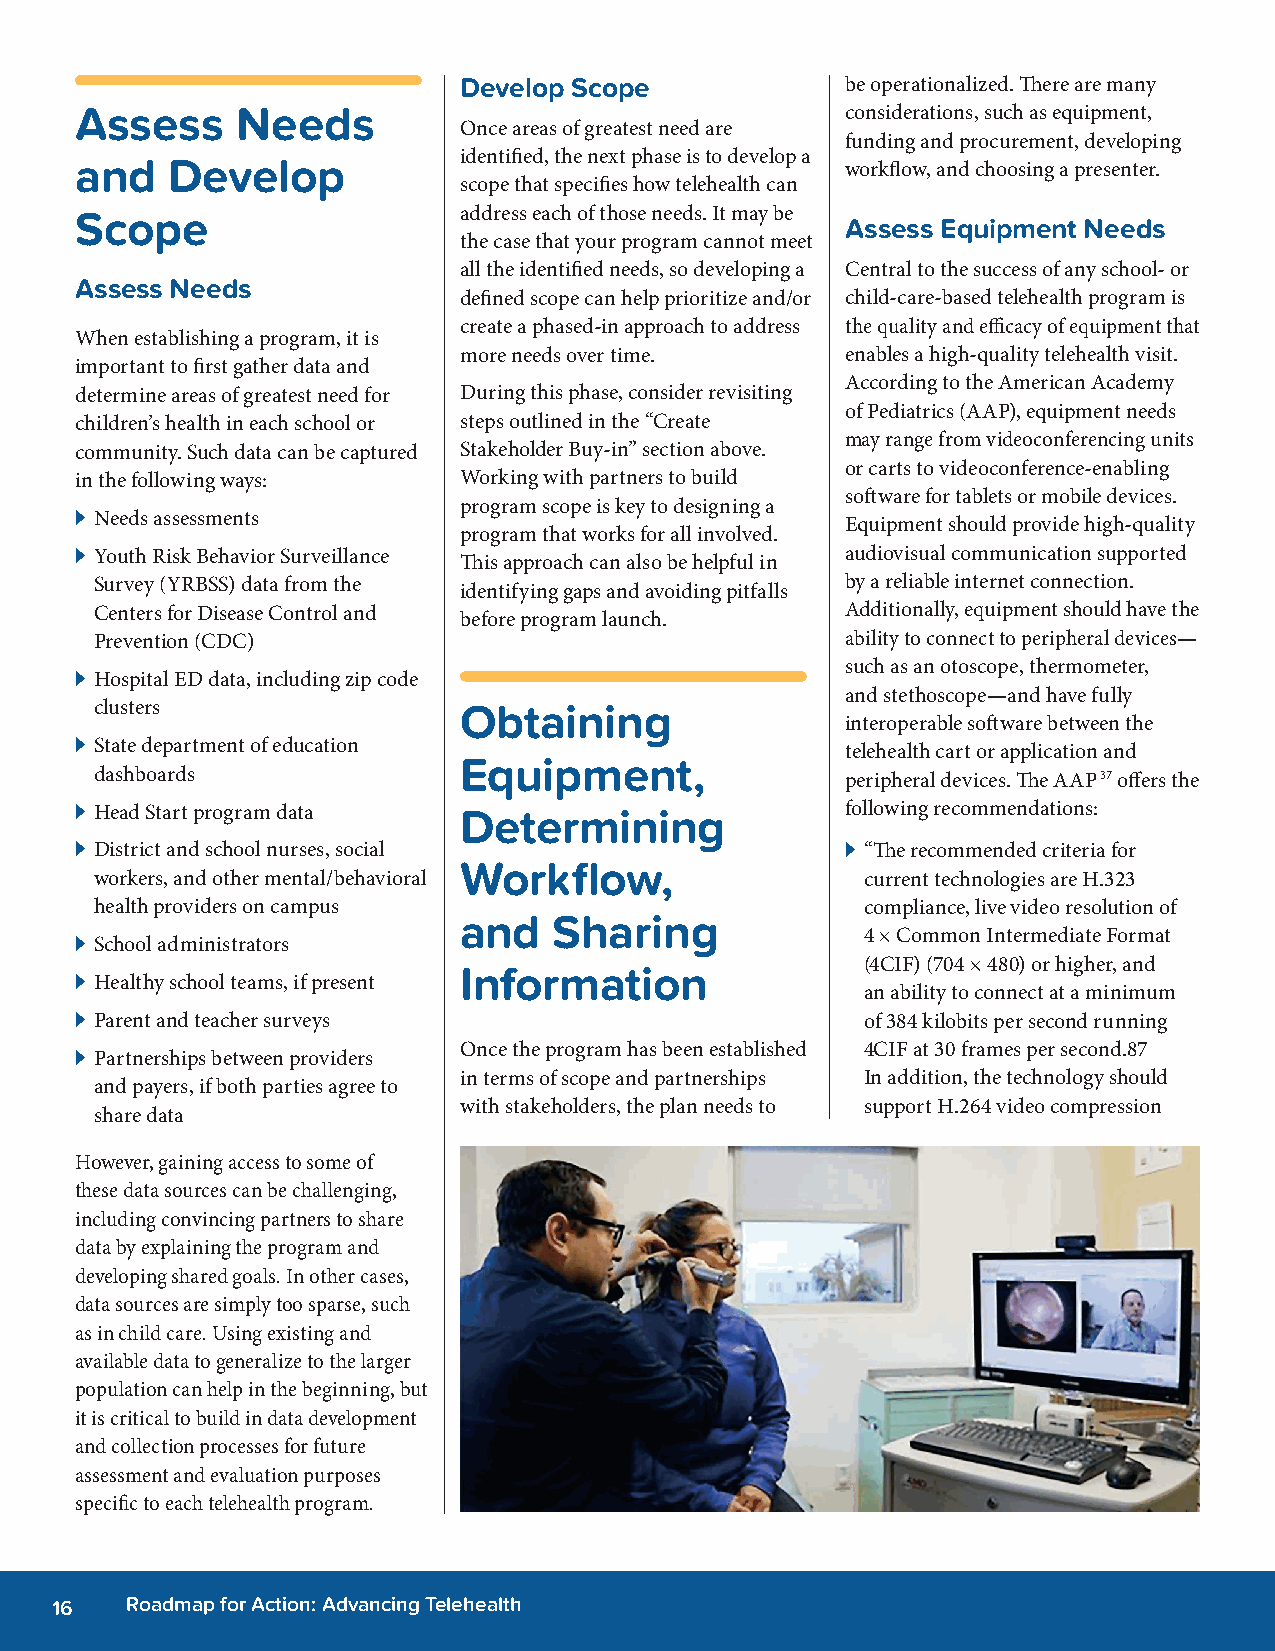
Develop Scope             be operationalized. There are many
 Assess     Needs                                   considerations, such as equipment,
 Once areas of greatest need are
 funding and procurement, developing
 identified, the next phase is to develop a
 and   Develop                                      workflow, and choosing a presenter.
 scope that specifies how telehealth can
 Scope                    address each of those needs. It may be
 Assess Equipment Needs
 the case that your program cannot meet
 all the identified needs, so developing a Central to the success of any school- or
 Assess Needs
 defined scope can help prioritize and/or child-care-based telehealth program is
 create a phased-in approach to address the quality and efficacy of equipment that
 When establishing a program, it is
 more needs over time.     enables a high-quality telehealth visit.
 important to first gather data and
 According to the American Academy
 determine areas of greatest need for During this phase, consider revisiting
 of Pediatrics (AAP), equipment needs
 children’s health in each school or steps outlined in the “Create
 may range from videoconferencing units
 community. Such data can be captured Stakeholder Buy-in” section above.
 or carts to videoconference-enabling
 in the following ways:   Working with partners to build
 software for tablets or mobile devices.
 program scope is key to designing a
 A Needs assessments
 Equipment should provide high-quality
 program that works for all involved.
 A Youth Risk Behavior Surveillance                 audiovisual communication supported
 This approach can also be helpful in
 Survey (YRBSS) data from the                      by a reliable internet connection.
 identifying gaps and avoiding pitfalls
 Centers for Disease Control and                   Additionally, equipment should have the
 before program launch.
 Prevention (CDC)                                  ability to connect to peripheral devices—
 such as an otoscope, thermometer,
 A Hospital ED data, including zip code
 and stethoscope—and have fully
 clusters                Obtaining
 interoperable software between the
 A State department of education                    telehealth cart or application and
 Equipment,
 dashboards                                        peripheral devices. The AAP37 offers the
 A Head Start program data Determining              following recommendations:
 A District and school nurses, social               A “The recommended criteria for
 Workflow,
 workers, and other mental/behavioral               current technologies are H.323
 health providers on campus                         compliance, live video resolution of
 and    Sharing
 4 × Common Intermediate Format
 A School administrators
 (4CIF) (704 × 480) or higher, and
 Information
 A Healthy school teams, if present
 an ability to connect at a minimum
 A Parent and teacher surveys                        of 384 kilobits per second running
 Once the program has been established 4CIF at 30 frames per second.87
 A Partnerships between providers
 in terms of scope and partnerships In addition, the technology should
 and payers, if both parties agree to
 with stakeholders, the plan needs to support H.264 video compression
 share data
 However, gaining access to some of
 these data sources can be challenging,
 including convincing partners to share
 data by explaining the program and
 developing shared goals. In other cases,
 data sources are simply too sparse, such
 as in child care. Using existing and
 available data to generalize to the larger
 population can help in the beginning, but
 it is critical to build in data development
 and collection processes for future
 assessment and evaluation purposes
 specific to each telehealth program.
 2
 16   Roadmap for Action: Advancing Telehealth